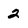
Character: 2